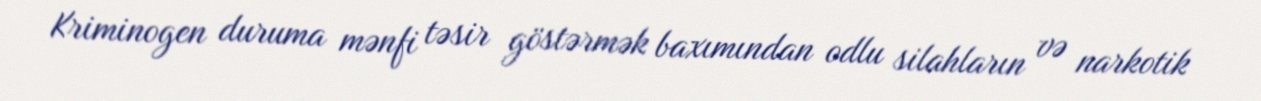
Kriminogen duruma mənfi təsir göstərmək baxımından odlu silahların və narkotik